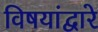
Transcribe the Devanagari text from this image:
विषयांद्वारे